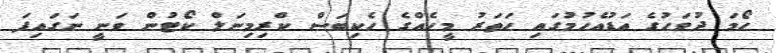
ހޯމަ ދުވަހުގެ އަޑުއެހުމުގައި ހަތަރު މީހެއްގެ ހެކިބަސް ކްރިމިނަލް ކޯޓުން ވަނީ ނަގައިފަ